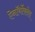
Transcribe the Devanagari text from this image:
ऐनॉर्थोक्लेस